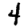
Digit: 4